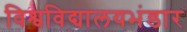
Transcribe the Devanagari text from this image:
विश्वविद्यालयभंडार